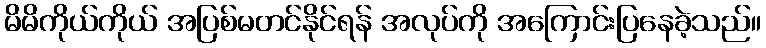
မိမိကိုယ်ကိုယ် အပြစ်မတင်နိုင်ရန် အလုပ်ကို အကြောင်းပြနေခဲ့သည်။